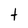
Character: t